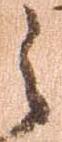
之